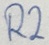
Text: R2